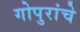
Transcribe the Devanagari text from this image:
गोपुरांचे